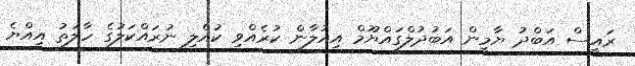
ރައީސް އަބްދު ޔާމީން އަބުދުލްގައްޔޫމް އިއުލާން ކުރެއްވި ކުއްލި ނުރައްކަލުގެ ހާލަތު އިއްޔެ